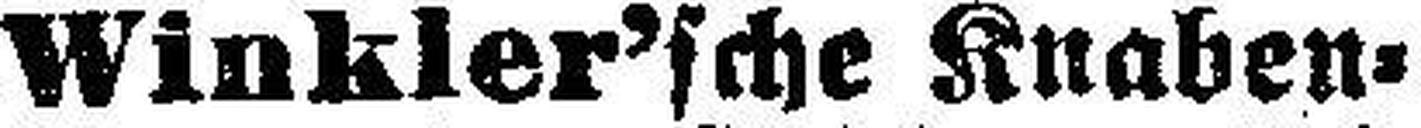
Winkler’sche Knaben=